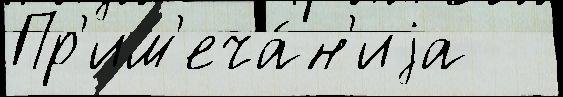
Пр'им'еча́н'иjа